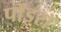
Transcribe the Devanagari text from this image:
पॉइरॉ